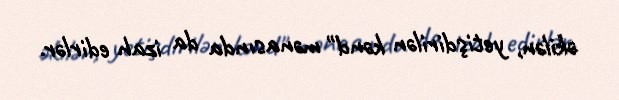
əkilən, yetişdirilən kənd" mənasında da izah edirlər.